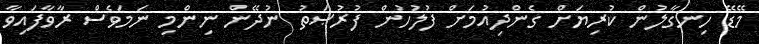
މޭޑޭ ހިނގާލުން ކުރިޔަށް ގެންދިއުމަށް ފުލުހުން ފުރުޞަތު ނުދޭން ނިންމި ނަމަވެސް ރާވާފައިވާ